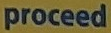
proceed